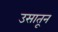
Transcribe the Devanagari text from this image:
उसातून